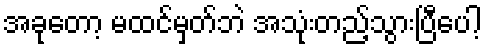
အခုတော့ မထင်မှတ်ဘဲ အသုံးတည့်သွားပြီပေါ့